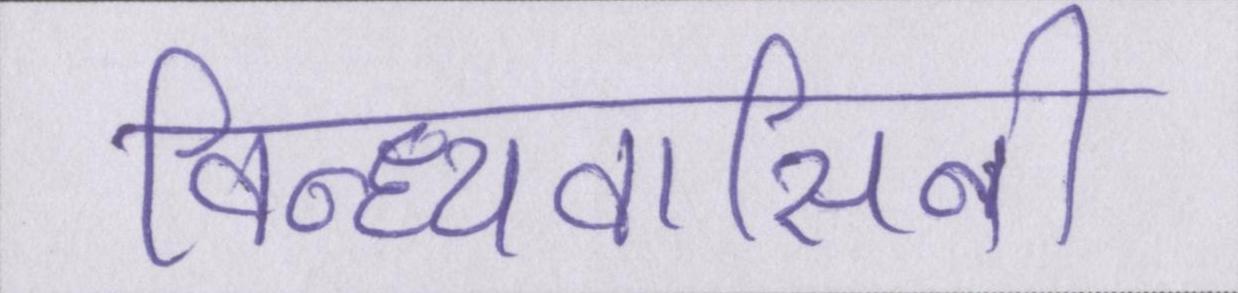
विन्ध्यवासिनी